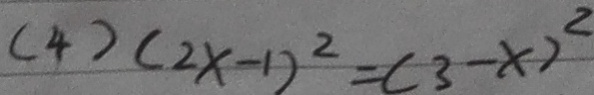
( 4 ) ( 2 x - 1 ) ^ { 2 } = ( 3 - x ) ^ { 2 }